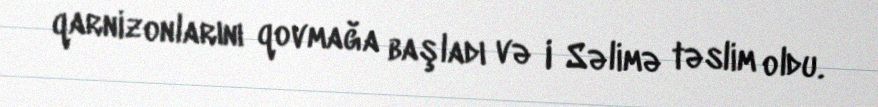
qarnizonlarını qovmağa başladı və I Səlimə təslim oldu.